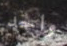
واحد